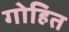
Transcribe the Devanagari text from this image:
गोहित